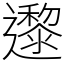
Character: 邌